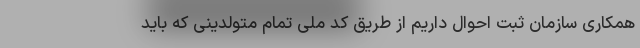
همکاری سازمان ثبت احوال داریم از طریق کد ملی تمام متولدینی که باید